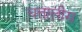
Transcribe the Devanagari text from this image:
चत्तालीस